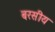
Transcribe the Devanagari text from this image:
बरसीय